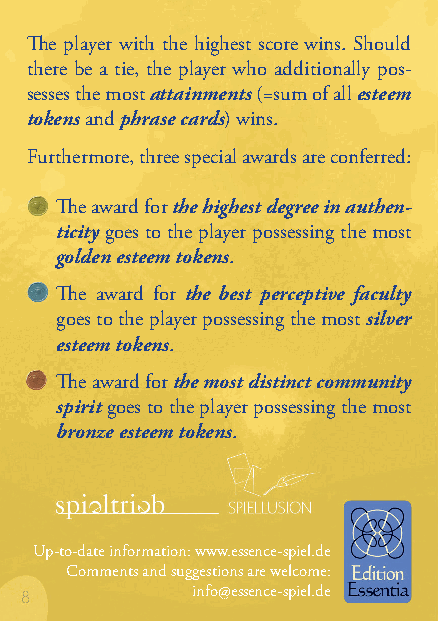
The player with the highest score wins. Should
 there be a tie, the player who additionally pos-
 sesses the most attainments (=sum of all esteem
 tokens and phrase cards) wins.
 Furthermore, three special awards are conferred:
 The award for the highest degree in authen-
 ticity goes to the player possessing the most
 golden esteem tokens.
 The award for the best perceptive faculty
 goes to the player possessing the most silver
 esteem tokens.
 The award for the most distinct community
 spirit goes to the player possessing the most
 bronze esteem tokens.
 Up-to-date information: www.essence-spiel.de
 Comments and suggestions are welcome:
 info@essence-spiel.de